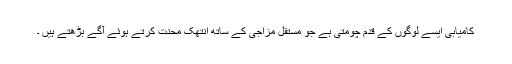
کامیابی ایسے لوگوں کے قدم چومتی ہے جو مستقل مزاجی کے ساتھ انتھک محنت کرتے ہوئے آگے بڑھتے ہیں ۔